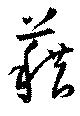
藉